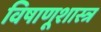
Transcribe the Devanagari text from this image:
विषाणूशास्त्र